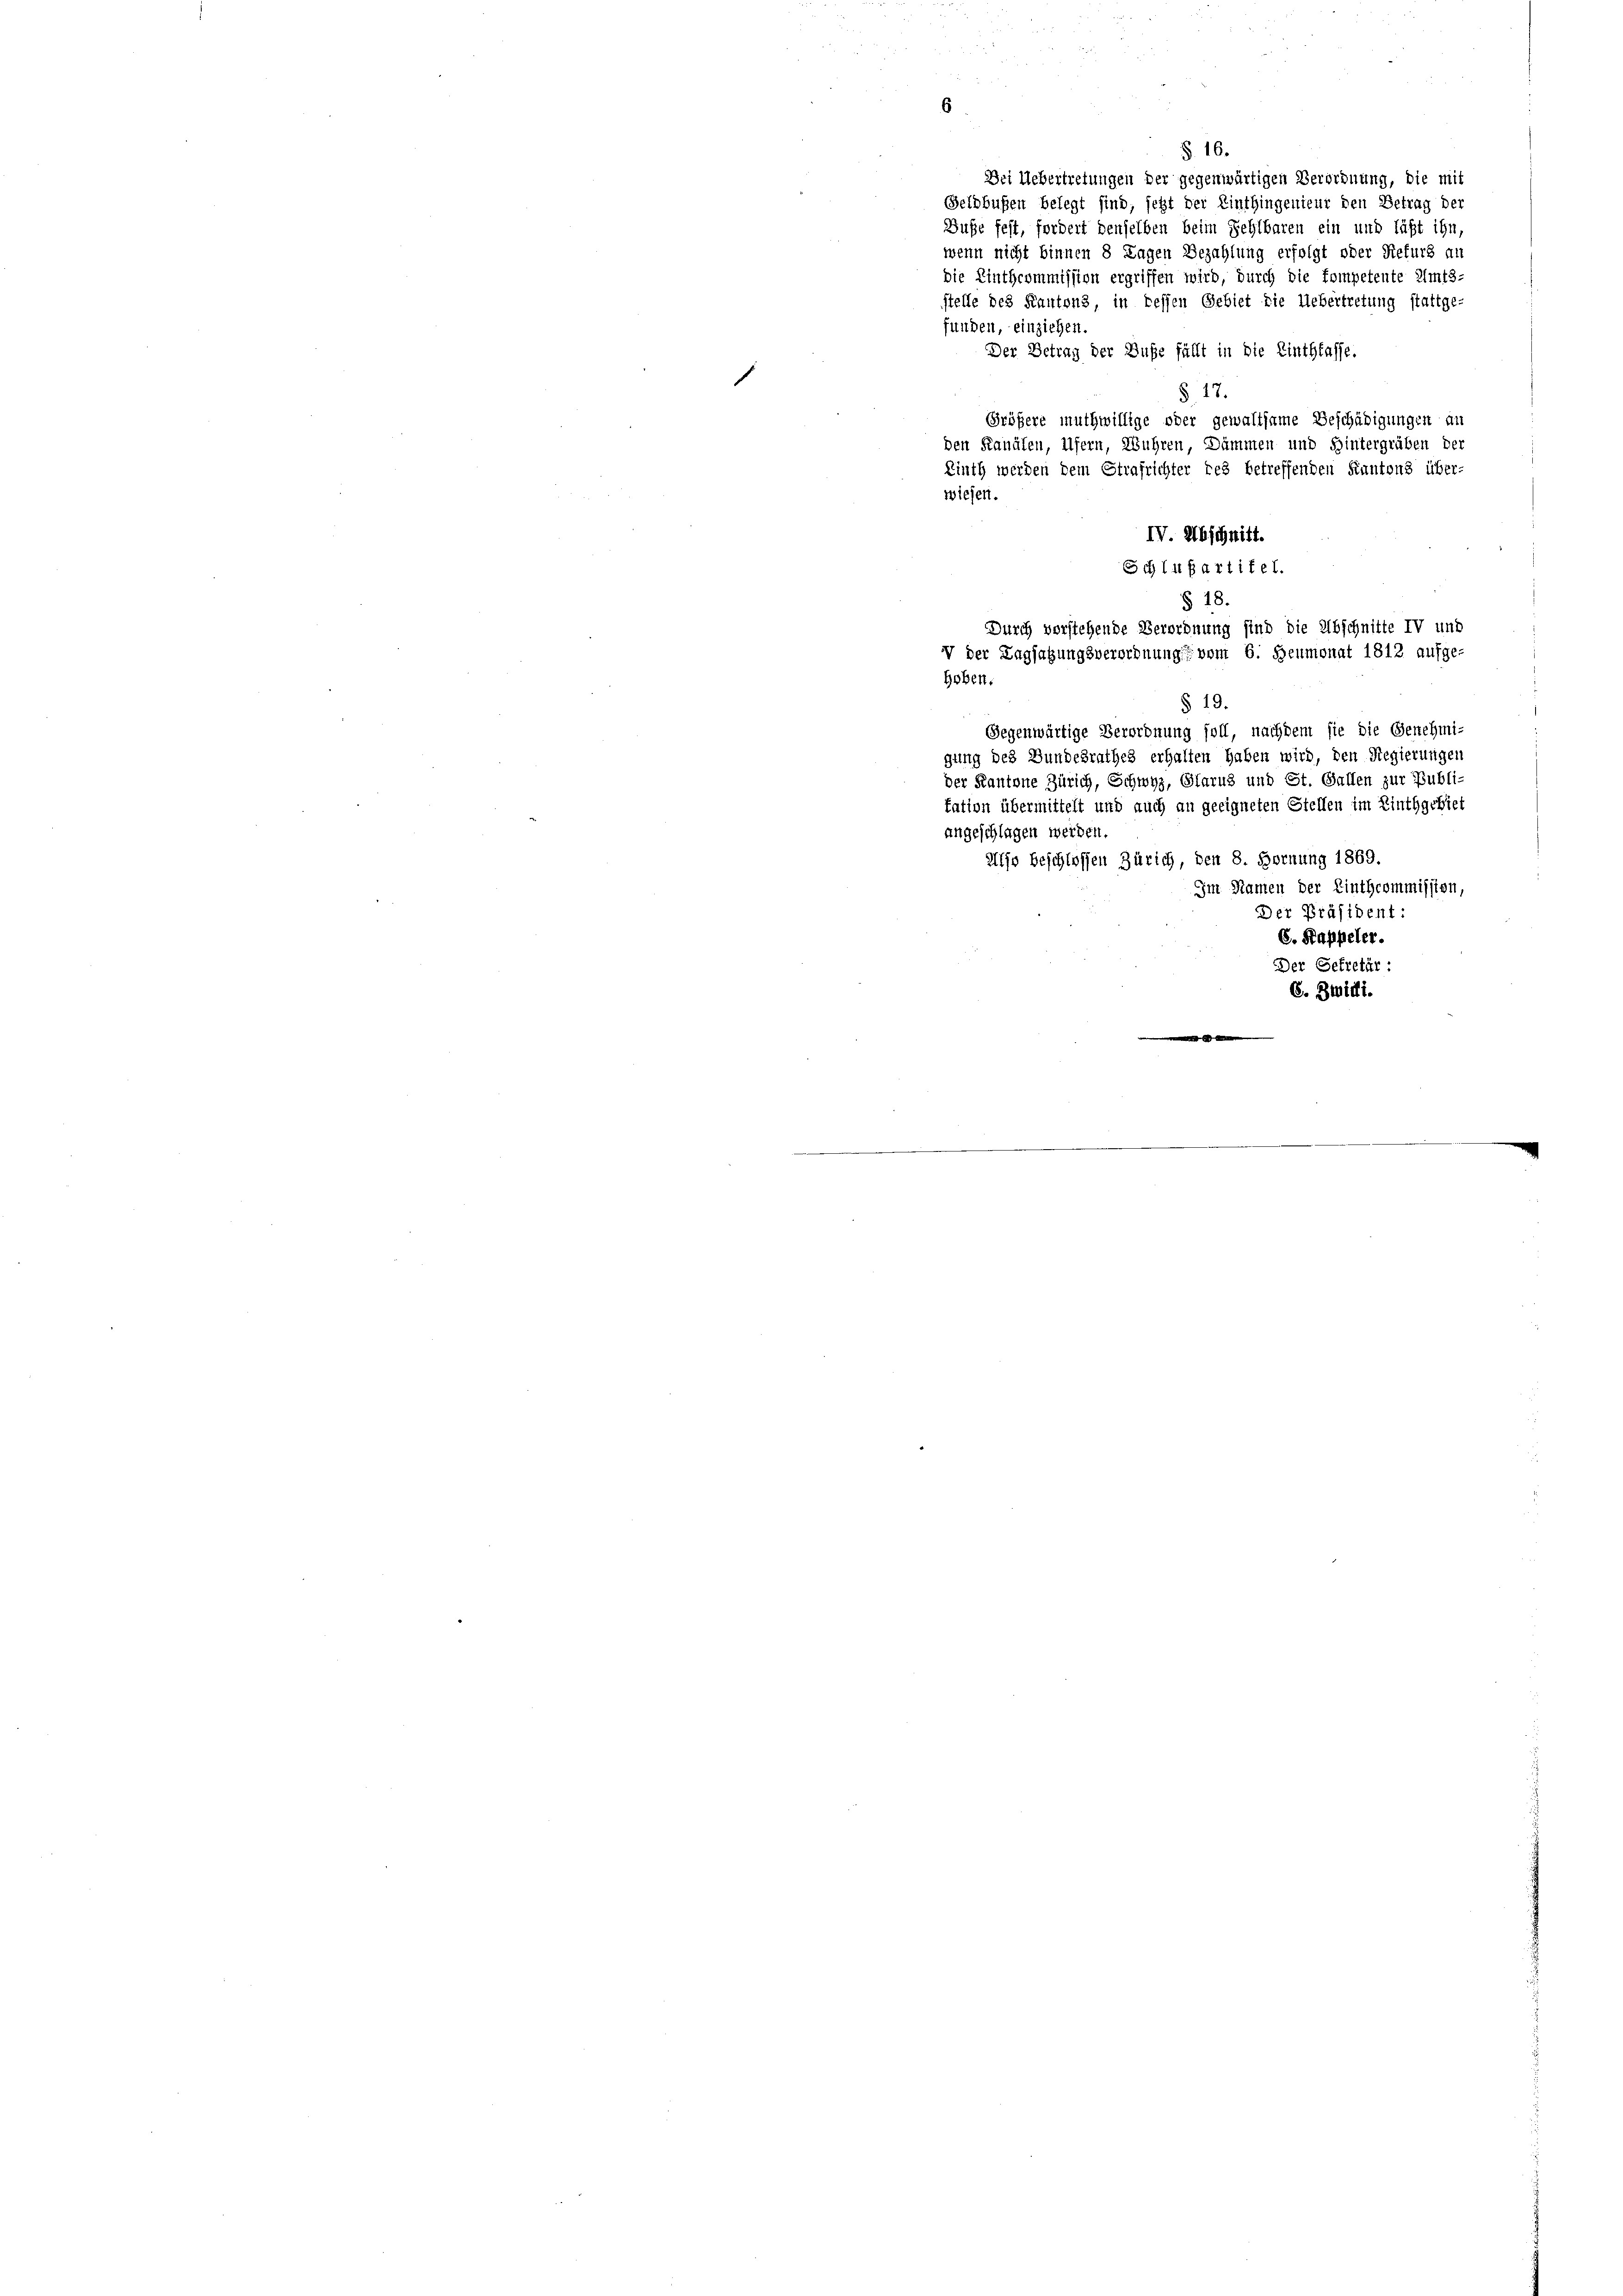
§. 16
Dei Uebertretungen der gegenwärtigen Verordnung, die mit
Geldbußen belegt sind, jetzt der Einthingenieur den Betrag der
Buße fest, fordert denselben beim Fehlbaren ein und läßt ihn,
wenn nicht binnen 8 Tagen Bezahlung erfolgt oder Refurs an
die Einthcommission ergriffen wird, durch die kompetente Amts-
stelle des Kantons in tessen Gebiet die Uebertretung stattge-
funden, einziehen.
Der Betrag der Buße fällt in die Linthfasse.
1
§ 17.
Größere muthwillige oder gewaltsame Beschädigungen an
den Kanälen, Ufern, Wuhren, Dämmen und Hintergräben der
Linth werden dem Strafrichter des betreffenden Kantons über-
wiesen.
IV. Abschnitt.
Schlußartitel.
§ 18.
Durch vorstehende Verordnung sind die Abschnitte IV und
V der Tagsatzungsverordnung vom 6. Heumonat 1812 aufge-
hoben.
§ 19.
Gegenwärtige Verordnung soll, nachdem sie die Genehmi-
gung des Bundesrathes erhalten haben wird, den Regierungen
der Kantone Zürich, Schwyz, Glarus und St. Gallen zur Publi-
tation übermittelt und auch an geeigneten Stellen im Linthgebiet
angeschlagen werden.
Also beschlossen Zürich, den 8. Hornung 1869.
Im Namen der Linthcommission,
Der Präsident:
C. Kappeler.
Der Gekretär:
6. Zwitti.

¬